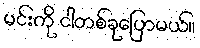
မင်းကို ငါတစ်ခုပြောမယ်။